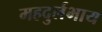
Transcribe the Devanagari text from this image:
महदुर्लभाय